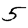
Digit: 5